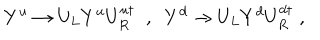
Y ^ { u } \rightarrow U _ { L } Y ^ { u } U _ { R } ^ { u \dagger } \; \; , \; \; Y ^ { d } \rightarrow U _ { L } Y ^ { d } U _ { R } ^ { d \dagger } \; ,